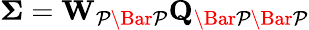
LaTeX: \mathbf{\Sigma}=\mathbf{W}_{\mathcal{P\Bar{P}}}\mathbf{Q}_{\mathcal{\Bar{P}\Bar{P}}}